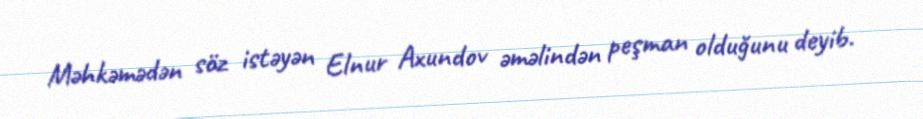
Məhkəmədən söz istəyən Elnur Axundov əməlindən peşman olduğunu deyib.